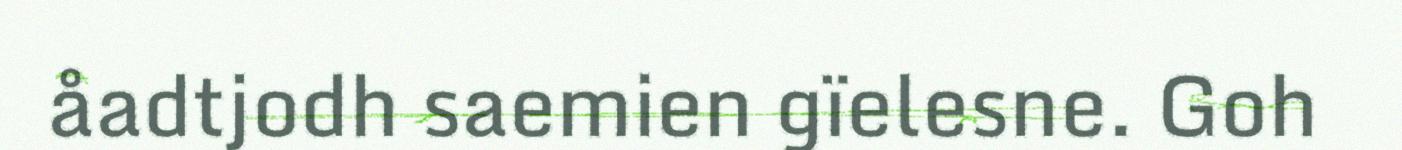
åadtjodh saemien gïelesne. Goh